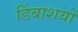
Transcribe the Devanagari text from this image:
डिंबाशयों